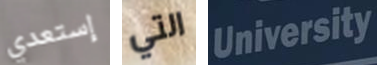
إستعدي التي University